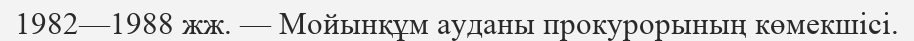
1982—1988 жж. — Мойынқұм ауданы прокурорының көмекшісі.